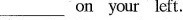
___on your left.